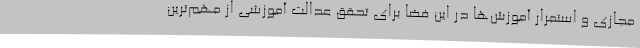
مجازی و استمرار آموزش‌ها در این فضا برای تحقق عدالت آموزشی از مهم‌ترین